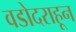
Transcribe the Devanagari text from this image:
वडोदराहून